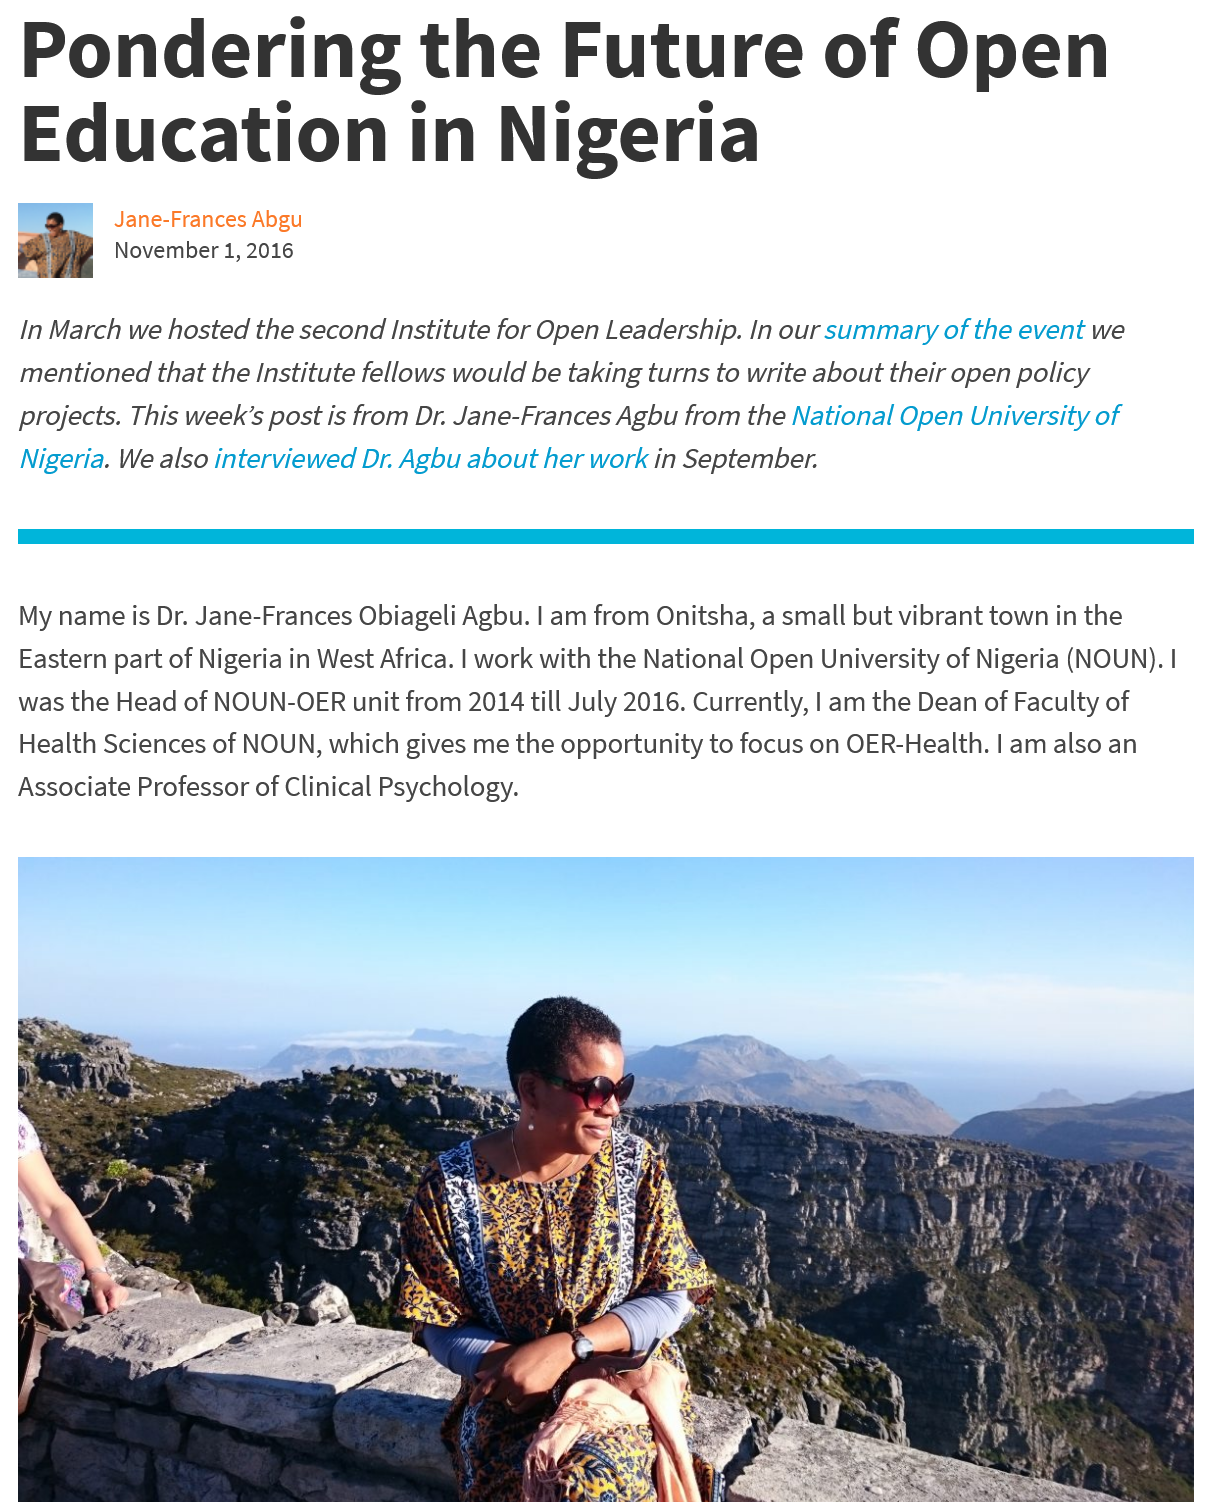
Pondering    the    Future    of    Open
  Education    in    Nigeria
     Jane-Frances Abgu
     November 1, 2016
  In March we hosted the second Institute for Open Leadership. In our summary of the event we
  mentioned that the Institute fellows would be taking turns to write about their open policy
  projects. This week’s post is from Dr. Jane-Frances Agbu from the National Open University of
  Nigeria. We also interviewed Dr. Agbu about her work in September.
  My name is Dr. Jane-Frances Obiageli Agbu. | am from Onitsha, a small but vibrant town in the
  Eastern part of Nigeria in West Africa. | work with the National Open University of Nigeria (NOUN). |
  was the Head of NOUN-OER unit from 2014 till July 2016. Currently, | am the Dean of Faculty of
  Health Sciences of NOUN, which gives me the opportunity to focus on OER-Health. | am also an
  Associate Professor of Clinical Psychology.